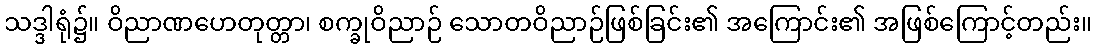
သဒ္ဒါရုံ၌။ ဝိညာဏဟေတုတ္တာ၊ စက္ခုဝိညာဉ် သောတဝိညာဉ်ဖြစ်ခြင်း၏ အကြောင်း၏ အဖြစ်ကြောင့်တည်း။